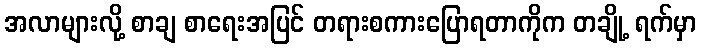
အလာများလို့ စာချ စာရေးအပြင် တရားစကားပြောရတာကိုက တချို့ ရက်မှာ